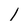
Character: l